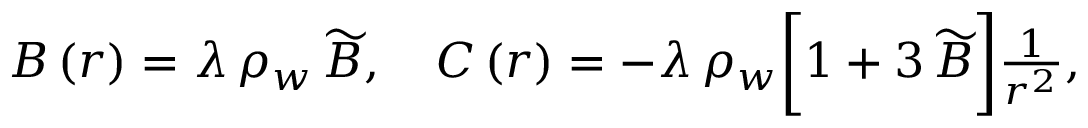
\begin{array} { r } { B \left( r \right) = \lambda \, \rho _ { w } \, \widetilde { B } , ~ ~ ~ C \left( r \right) = - \lambda \, \rho _ { w } \bigg [ 1 + 3 \, \widetilde { B } \bigg ] \frac { 1 } { r ^ { 2 } } , } \end{array}